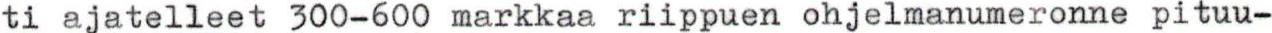
ti ajatelleet 300-600 markkaa riippuen ohjelmanumeronne pituu-